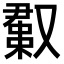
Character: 𫩊